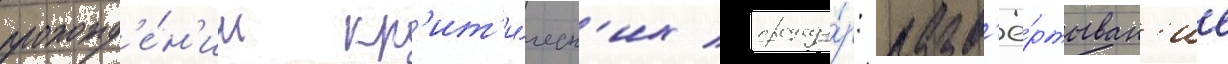
прохожд'е́н'ии кр'ит'и́ческ'их процеду́р: разв'ё́ртыван'ие